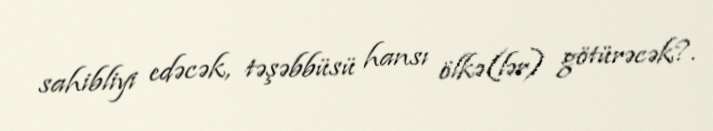
sahibliyi edəcək, təşəbbüsü hansı ölkə(lər) götürəcək?.